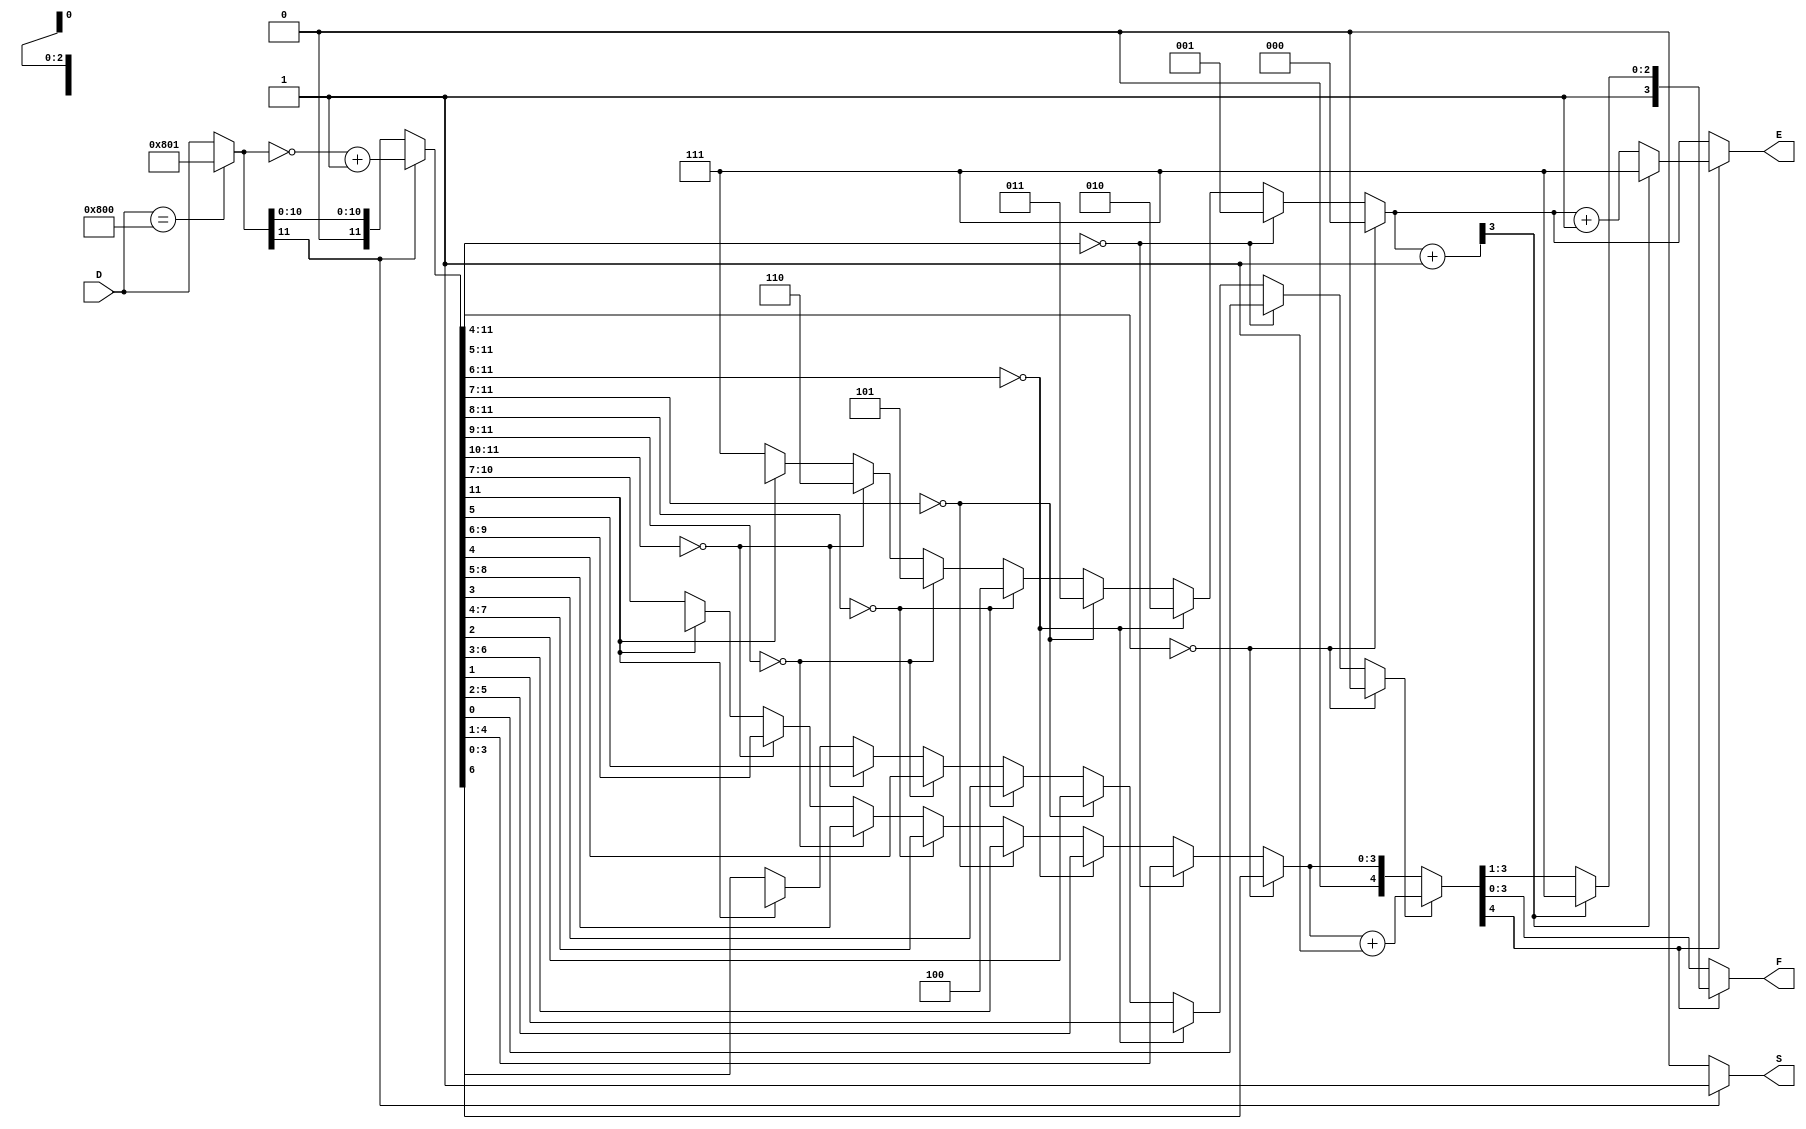
module compressor(D, S, E, F);
input [11:0] D;
output S;
output [2:0] E;
output [3:0] F;

reg [11:0] val;
reg [2:0] Eintermediate;
reg [3:0] Fintermediate;
reg [3:0] fint;
reg [2:0] eint;
reg fifth;
reg [4:0] over;
reg [3:0] overe;
reg sin;

assign S = sin;
assign E = eint;
assign F = fint;

always @* begin
  sin = 1'b0;
  Eintermediate = 0;
  Fintermediate = 0;
  eint = 0;
  fint = 0;
  val = 0;
  fifth = 0;
  signMagn(D, sin, val);
  parse(val, Eintermediate, Fintermediate, fifth);
  rounding(Eintermediate, Fintermediate, fifth, eint, fint);
end

task signMagn(input [11:0] D, output S, output [11:0] val); begin
  if (D == 12'b100000000000)
    D = 12'b100000000001;
  if(D[11] == 0) begin
    S = 1'b0;
    val = D[11:0];
  end else begin
    S = 1'b1;
    val = ~D[11:0] + 1;
  end
end endtask

task parse(input [11:0] D, output [2:0] E, output [3:0] F, output fifth); begin
  
  if (D[11:4] == 8'b00000000) begin
    E = 3'd0;
    F = D[3:0];
    fifth = 0;
  end else if (D[11:5] == 7'b0000000) begin
    E = 3'd1;
    F = D[4:1];
    fifth = D[0];
  end else if (D[11:6] == 6'b000000) begin
    E = 3'd2;
    F = D[5:2];
    fifth = D[1];
  end else if (D[11:7] == 5'b00000) begin
    E = 3'd3;
    F = D[6:3];
    fifth = D[2];
  end else if (D[11:8] == 4'b0000) begin
    E = 3'd4;
    F = D[7:4];
    fifth = D[3];
  end else if (D[11:9] == 3'b000) begin
    E = 3'd5;
    F = D[8:5];
    fifth = D[4];
  end else if (D[11:10] == 2'b00) begin
    E = 3'd6;
    F = D[9:6];
    fifth = D[5];
  end else if (D[11] == 1'b0) begin
    E = 3'd7;
    F = D[10:7];
    fifth = D[6];
  end
  
end endtask

task rounding(input [2:0] Ein, input [3:0] Fin, input fifth, output [2:0] E, output [3:0] F); begin
  over = {0,Fin};
  overe = {0, Ein};
  
  if (fifth == 1)
    over = over + 1;
  if (over[4] == 1) begin
    overe = overe + 1;
    if (overe[3] == 1) begin
      E = 3'b111;
      F = 4'b1111;
    end else begin
      E = Ein + 1;
      F = over[4:1];
    end
  end
  else begin
    E = Ein;
    F = over[3:0];
  end
end endtask
  
endmodule